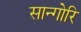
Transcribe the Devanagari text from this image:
सान्गोरि